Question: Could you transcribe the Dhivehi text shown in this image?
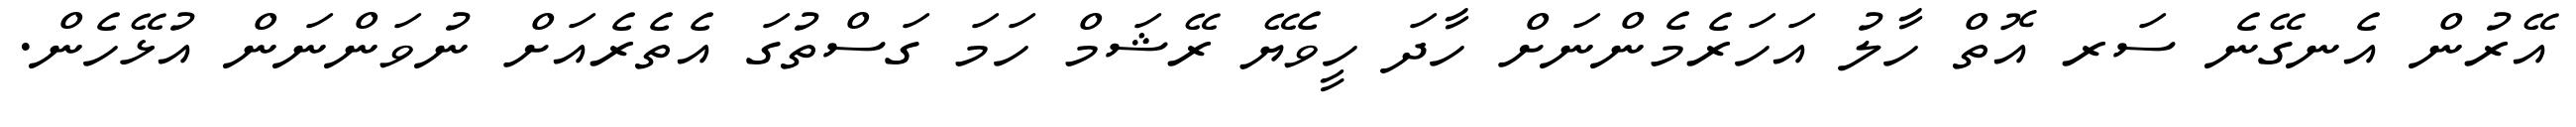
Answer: އޭރުން އެނގޭނެ ސަރ އޮތް ހާލު އަހަރެމެންނަށް ހާދަ ހީވެޔޭ ރޭޝަމް ހަމަ ގަސްތުގަ އެތެރެއަށް ނުވަންނަން އުޅޭހެން.